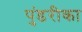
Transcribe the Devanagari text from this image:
पुंडरीका